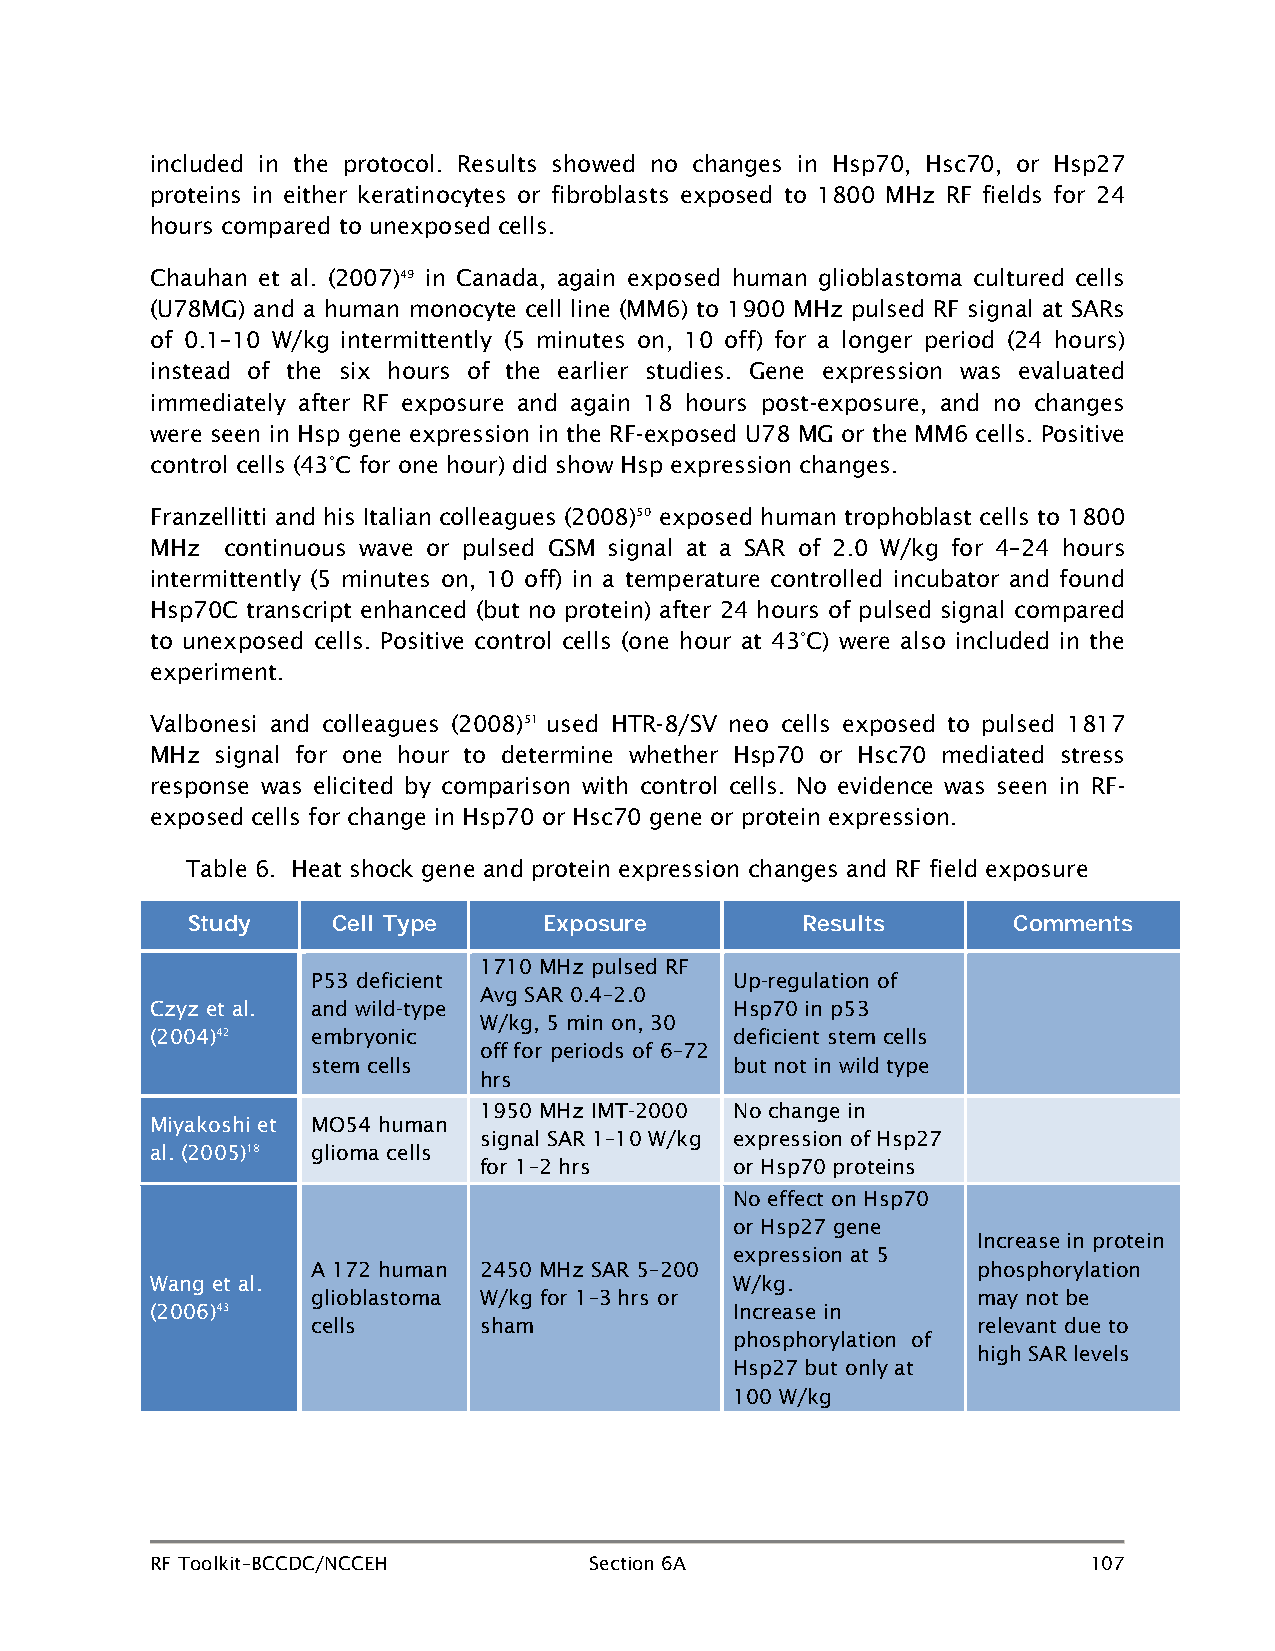
included in the protocol. Results showed no changes in Hsp70, Hsc70, or Hsp27
 proteins in either keratinocytes or fibroblasts exposed to 1800 MHz RF fields for 24
 hours compared to unexposed cells.
 Chauhan et al. (2007)49 in Canada, again exposed human glioblastoma cultured cells
 (U78MG) and a human monocyte cell line (MM6) to 1900 MHz pulsed RF signal at SARs
 of 0.1–10 W/kg intermittently (5 minutes on, 10 off) for a longer period (24 hours)
 instead of the six hours of the earlier studies. Gene expression was evaluated
 immediately after RF exposure and again 18 hours post-exposure, and no changes
 were seen in Hsp gene expression in the RF-exposed U78 MG or the MM6 cells. Positive
 control cells (43°C for one hour) did show Hsp expression changes.
 Franzellitti and his Italian colleagues (2008)50 exposed human trophoblast cells to 1800
 MHz  continuous wave or pulsed GSM signal at a SAR of 2.0 W/kg for 4–24 hours
 intermittently (5 minutes on, 10 off) in a temperature controlled incubator and found
 Hsp70C transcript enhanced (but no protein) after 24 hours of pulsed signal compared
 to unexposed cells. Positive control cells (one hour at 43°C) were also included in the
 experiment.
 Valbonesi and colleagues (2008)51 used HTR-8/SV neo cells exposed to pulsed 1817
 MHz signal for one hour to determine whether Hsp70 or Hsc70 mediated stress
 response was elicited by comparison with control cells. No evidence was seen in RF-
 exposed cells for change in Hsp70 or Hsc70 gene or protein expression.
 Table 6. Heat shock gene and protein expression changes and RF field exposure
 Study     Cell Type     Exposure         Results       Comments
 1710 MHz pulsed RF
 P53 deficient               Up-regulation of
 Avg SAR 0.4–2.0
 Czyz et al. and wild-type              Hsp70 in p53
 W/kg, 5 min on, 30
 (2004)42   embryonic                   deficient stem cells
 off for periods of 6–72
 stem cells                  but not in wild type
 hrs
 1950 MHz IMT-2000 No change in
 Miyakoshi et MO54 human
 signal SAR 1–10 W/kg expression of Hsp27
 al. (2005)18 glioma cells
 for 1–2 hrs      or Hsp70 proteins
 No effect on Hsp70
 or Hsp27 gene
 Increase in protein
 expression at 5
 A 172 human 2450 MHz SAR 5–200              phosphorylation
 Wang et al.                            W/kg.
 glioblastoma W/kg for 1–3 hrs or            may not be
 (2006)43                               Increase in
 cells      sham                             relevant due to
 phosphorylation of
 high SAR levels
 Hsp27 but only at
 100 W/kg
 RF Toolkit–BCCDC/NCCEH       Section 6A                       107